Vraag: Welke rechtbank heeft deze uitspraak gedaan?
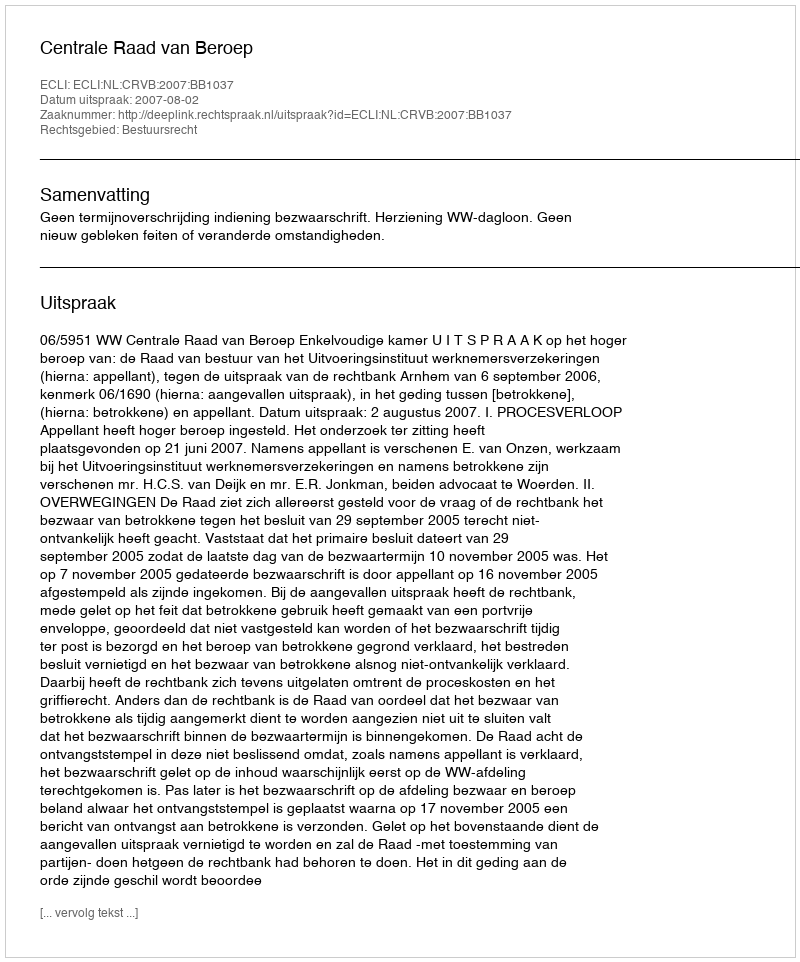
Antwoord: Centrale Raad van Beroep